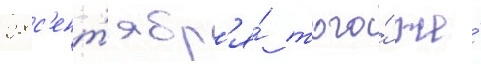
28 с'ент'ябр'я́ того́ же́